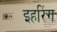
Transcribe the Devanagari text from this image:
इहरिंग